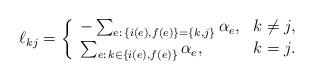
LaTeX: \begin{align*} \ell_{kj} = \left\{ \begin{array}{ll} - \sum_{e:\,\{i(e),f(e)\}=\{ k,j\} } \alpha _e,& k\ne j, \\ \sum_{e:\, k\in\{i(e),f(e)\} } \alpha _e ,& k = j. \end{array} \right.\end{align*}